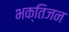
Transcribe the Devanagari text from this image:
भक्तिजन